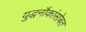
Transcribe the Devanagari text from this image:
युद्धनौकांसोबत